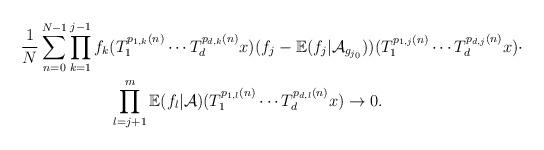
LaTeX: \begin{align*}\frac{1}{N}\sum_{n=0}^{N-1}&\prod_{k=1}^{j-1}f_k(T_{1}^{p_{1,k}(n)}\cdots T_{d}^{p_{d,k}(n)}x)(f_j-\mathbb{E}(f_j|\mathcal{A}_{g_{j_0}}))(T_{1}^{p_{1,j}(n)}\cdots T_{d}^{p_{d,j}(n)}x)\cdot\\&\ \ \ \ \ \ \ \ \prod_{l=j+1}^{m}\mathbb{E}(f_{l}|\mathcal{A})(T_{1}^{p_{1,l}(n)}\cdots T_{d}^{p_{d,l}(n)}x)\rightarrow 0.\end{align*}